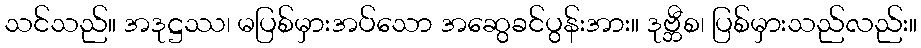
သင်သည်။ အဒုဋ္ဌဿ၊ မပြစ်မှားအပ်သော အဆွေခင်ပွန်းအား။ ဒုဗ္ဘီစ၊ ပြစ်မှားသည်လည်း။